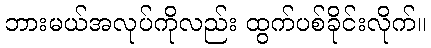
ဘားမယ်အလုပ်ကိုလည်း ထွက်ပစ်ခိုင်းလိုက်။